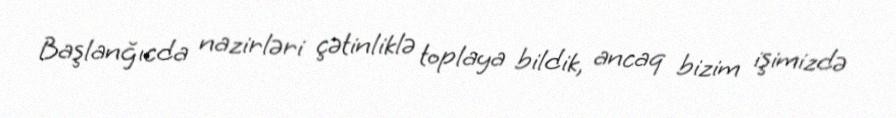
Başlanğıcda nazirləri çətinliklə toplaya bildik, ancaq bizim işimizdə